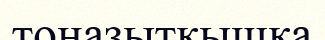
тоңазытқышқа